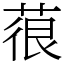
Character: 䓳